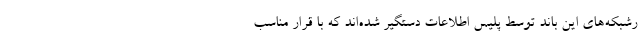
رشبکه‌های این باند توسط پلیس اطلاعات دستگیر شده‌اند که با قرار مناسب